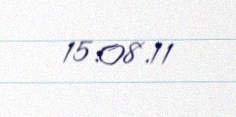
15.08.11